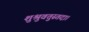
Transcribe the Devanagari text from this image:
शुश्रुवतुस्तदा।